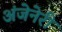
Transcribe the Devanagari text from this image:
अंजेनेरी